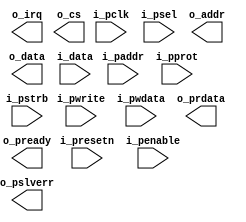
module slave_apb_32 (
    input           i_pclk    ,
    input           i_presetn ,
    output          o_irq     ,
    input           i_psel    ,
    input           i_penable ,
    input  [31:0]   i_paddr   ,
    input           i_pwrite  ,
    input  [31:0]   i_pwdata  ,
    input  [2:0]    i_pprot   ,
    input  [3:0]    i_pstrb   ,
    output [31:0]   o_prdata  ,
    output          o_pready  ,
    output          o_pslverr ,

    output          o_cs      ,
    output [31:0]   o_addr    ,
    output [31:0]   o_data    ,
    input  [31:0]   i_data
);


endmodule